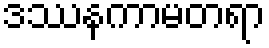
ဒဿနကာမတရာ